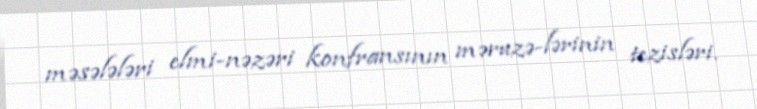
məsələləri elmi-nəzəri konfransının məruzə-lərinin tezisləri.